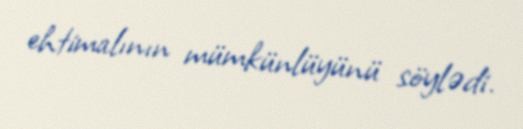
ehtimalının mümkünlüyünü söylədi.